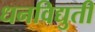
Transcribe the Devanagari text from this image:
धनविद्युती